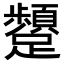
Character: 𮜫